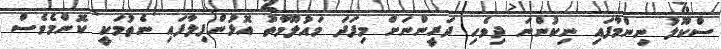
ސްކޫލު ނިންމާފައި ނިކުންނަ ދިވެހި ދަރީންނަށް މިފަދަ މައުލޫމާތު އޮޅުންފިލާފައި ނެތުމަކީ ކޮންމެވެސް